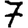
Digit: 7